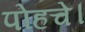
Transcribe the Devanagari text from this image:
पोहचे।